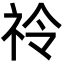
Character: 𮁣